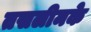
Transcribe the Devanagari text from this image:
तसलीमके